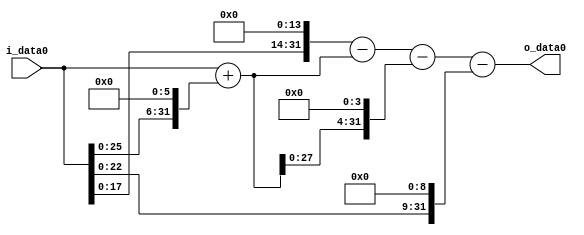
module multiplier_block (
    i_data0,
    o_data0
);

  // Port mode declarations:
  input   [31:0] i_data0;
  output  [31:0]
    o_data0;

  //Multipliers:

  wire [31:0]
    w1,
    w64,
    w65,
    w16384,
    w16319,
    w1040,
    w15279,
    w512,
    w14767;

  assign w1 = i_data0;
  assign w1040 = w65 << 4;
  assign w14767 = w15279 - w512;
  assign w15279 = w16319 - w1040;
  assign w16319 = w16384 - w65;
  assign w16384 = w1 << 14;
  assign w512 = w1 << 9;
  assign w64 = w1 << 6;
  assign w65 = w1 + w64;

  assign o_data0 = w14767;

  //multiplier_block area estimate = 6935.54390735736;
endmodule